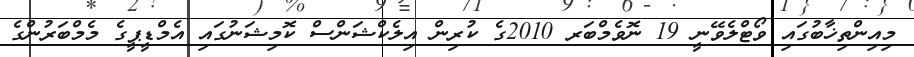
މިއިންތިޚާބުގައި ވޯޓްލެވޭނީ 19 ނޮވެމްބަރ 2010ގެ ކުރިން އިލެކްޝަންސް ކޮމިޝަނުގައި އެމްޑީޕީގެ މެމްބަރުންގެ